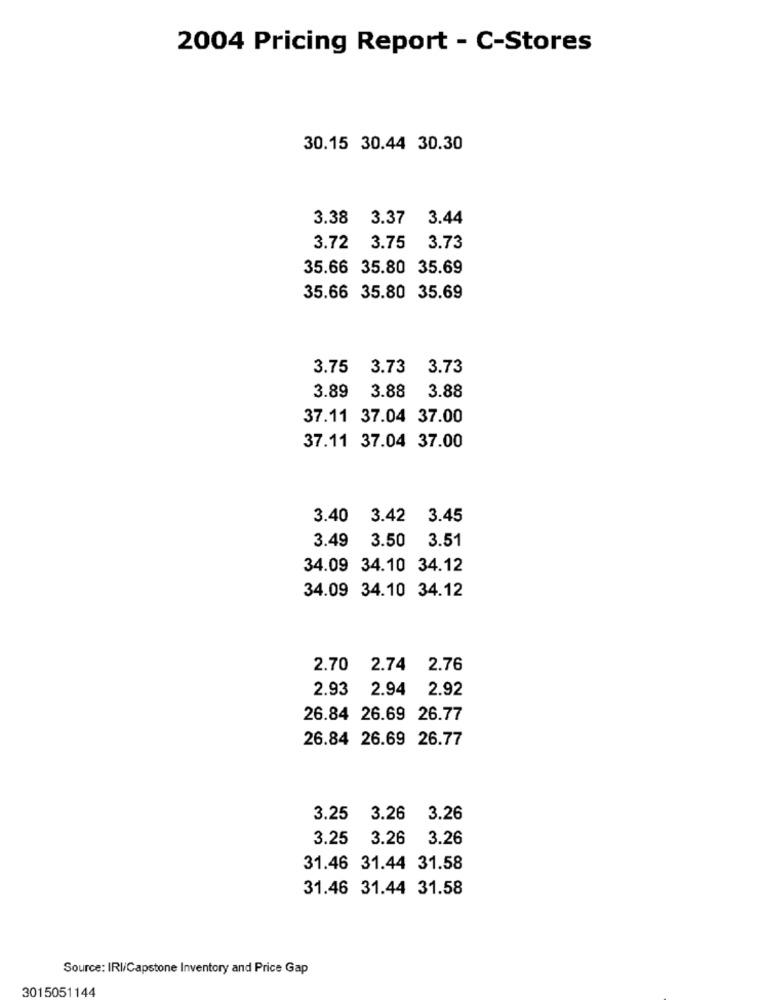
2004 Pricing Report - C-Stores
30.15 30.44 30.30
3.38 3.37 3.44
3.72 3.75 3.73
35.66 35.80 35.69
35.66 35.80 35.69
3.75 3.73 3.73
3.89
3.88
3.88
37.11 37.04 37.00
37.11 37.04 37.00
3.40 3.42 3.45
3.49 3.50 3.51
34.09 34.10 34.12
34.09 34.10 34.12
2.70 2.74 2.76
2.93
2.94
2.92
26.84 26.69 26.77
26.84 26.69 26.77
3.25 3.26
3.26
3.25 3.26
3.26
31.46 31.44 31.58
31.46 31.44 31.58
Source: IRI/Capstone Inventory and Price Gap
3015051144